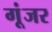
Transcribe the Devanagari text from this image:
गूंजर